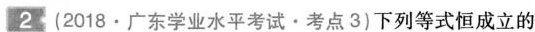
2 (2018 · 广东学业水平考试 · 考点 3) 下列等式恒成立的